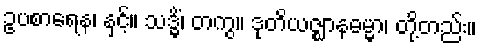
ဥပစာရေန၊ နှင့်။ သဒ္ဓိံ၊ တကွ။ ဒုတိယဇ္ဈာနဓမ္မာ၊ တို့တည်း။